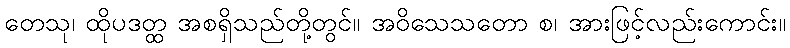
တေသု၊ ထိုပဒတ္ထ အစရှိသည်တို့တွင်။ အဝိသေသတော စ၊ အားဖြင့်လည်းကောင်း။